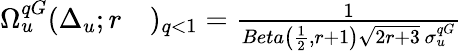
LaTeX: \begin{array}{rl}{\Omega_{u}^{qG}(\Delta_{u};r}&{{})_{q<1}=\frac{1}{Beta\left(\frac{1}{2},r+1\right)\sqrt{2r+3}\, \sigma_{u}^{qG}}}\end{array}